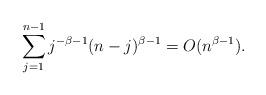
LaTeX: \begin{align*}\sum_{j = 1}^{n-1}j^{-\beta-1}(n-j)^{\beta-1} = O(n^{\beta-1}).\end{align*}